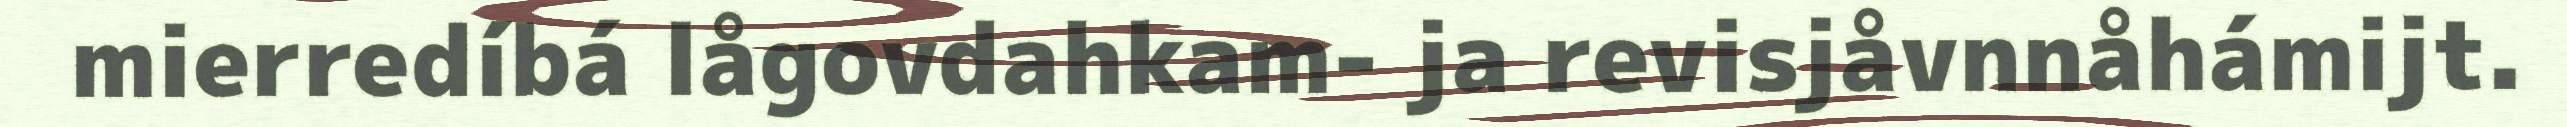
mierredíbá lågovdahkam- ja revisjåvnnåhámijt.